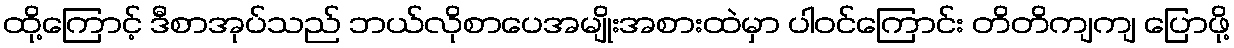
ထို့ကြောင့် ဒီစာအုပ်သည် ဘယ်လိုစာပေအမျိုးအစားထဲမှာ ပါဝင်ကြောင်း တိတိကျကျ ပြောဖို့